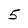
Character: 5